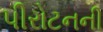
પીરોટનની